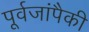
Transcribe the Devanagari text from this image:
पूर्वजांपैकी